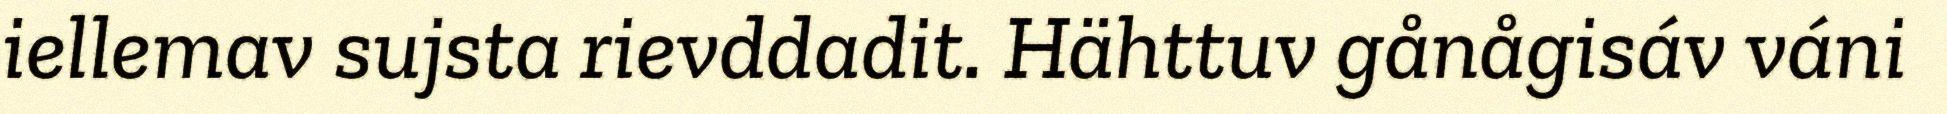
iellemav sujsta rievddadit. Hähttuv gånågisáv váni